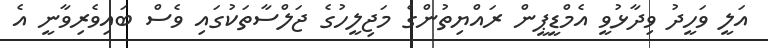
އަލީ ވަހީދު ވިދާޅުވީ އެމްޑީޕީން ރައްޔިތުންގެ މަޖިލީހުގެ ޖަލްސާތަކުގައި ވެސް ބައިވެރިވާނީ އެ